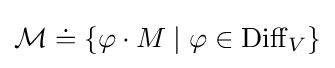
{\mathcal {M}}\doteq \{\varphi \cdot M\mid \varphi \in \operatorname {Diff} _{V}\}